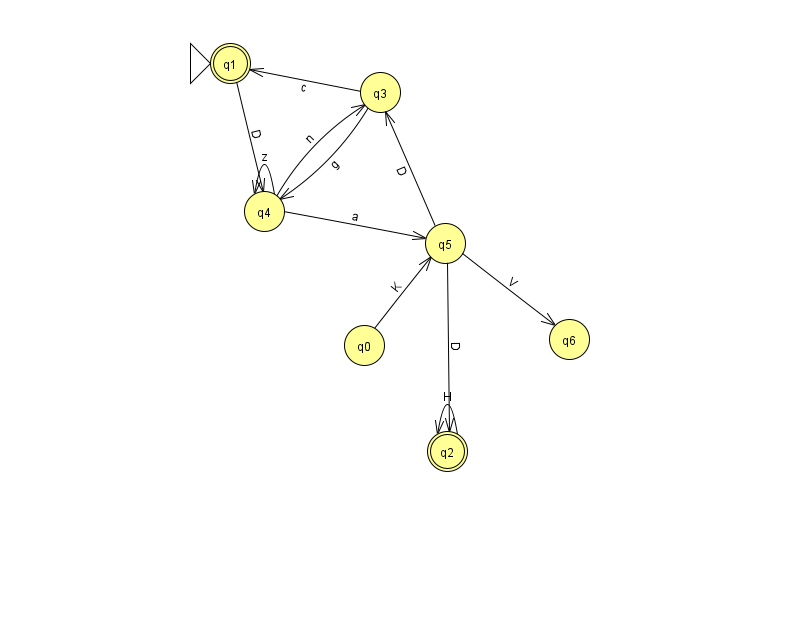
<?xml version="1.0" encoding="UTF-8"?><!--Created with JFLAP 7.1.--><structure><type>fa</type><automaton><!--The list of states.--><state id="0" name="q0"><x>364.0</x><y>332.0</y></state><state id="1" name="q1"><x>230.0</x><y>50.0</y><initial/><final/></state><state id="2" name="q2"><x>447.0</x><y>438.0</y><final/></state><state id="3" name="q3"><x>380.0</x><y>79.0</y></state><state id="4" name="q4"><x>264.0</x><y>198.0</y></state><state id="5" name="q5"><x>445.0</x><y>230.0</y></state><state id="6" name="q6"><x>569.0</x><y>326.0</y></state><!--The list of transitions.--><transition><from>4</from><to>3</to><read>n</read></transition><transition><from>3</from><to>1</to><read>c</read></transition><transition><from>5</from><to>3</to><read>D</read></transition><transition><from>2</from><to>2</to><read>H</read></transition><transition><from>0</from><to>5</to><read>K</read></transition><transition><from>4</from><to>4</to><read>z</read></transition><transition><from>3</from><to>4</to><read>g</read></transition><transition><from>5</from><to>2</to><read>D</read></transition><transition><from>5</from><to>6</to><read>V</read></transition><transition><from>1</from><to>4</to><read>D</read></transition><transition><from>4</from><to>5</to><read>a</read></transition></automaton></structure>